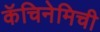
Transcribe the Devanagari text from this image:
कॅचिनेमिची